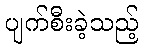
ပျက်စီးခဲ့သည့်